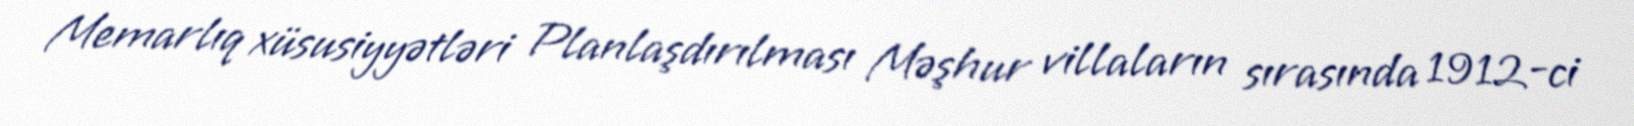
Memarlıq xüsusiyyətləri Planlaşdırılması Məşhur villaların sırasında 1912-ci